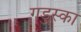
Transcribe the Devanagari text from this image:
गडुस्का